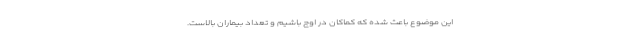
این موضوع باعث شده که کماکان در اوج باشیم و تعداد بیماران بالاست.